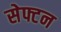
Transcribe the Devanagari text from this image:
सेफ्टन